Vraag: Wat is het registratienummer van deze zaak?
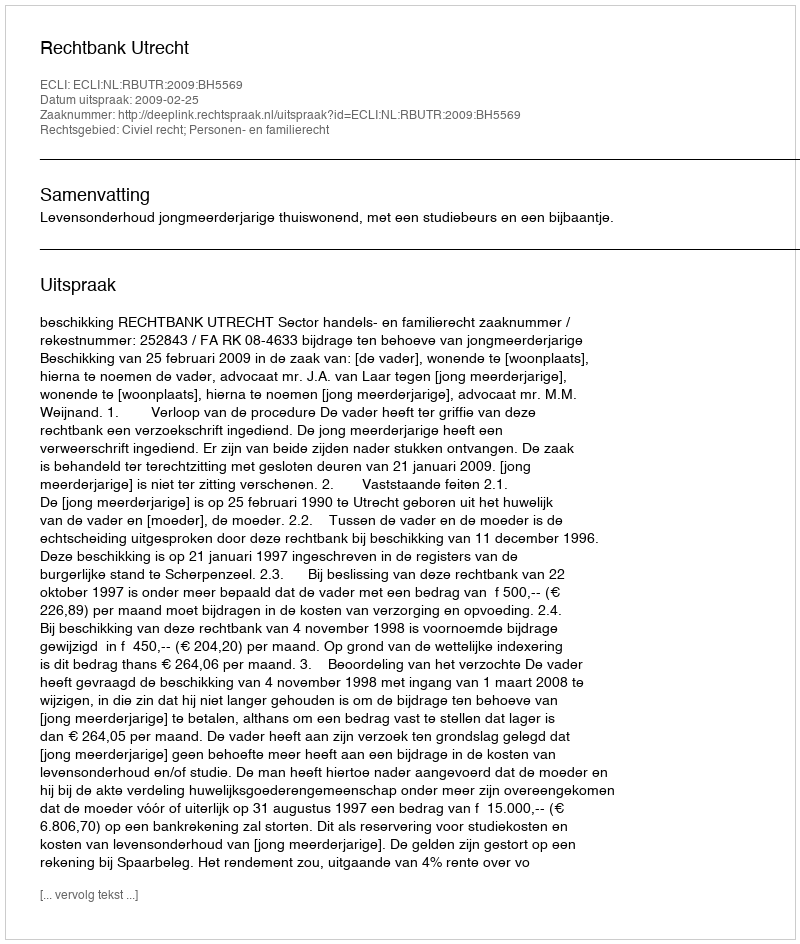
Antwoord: http://deeplink.rechtspraak.nl/uitspraak?id=ECLI:NL:RBUTR:2009:BH5569